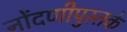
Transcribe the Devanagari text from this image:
नोंदणीपुस्तके